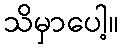
သိမှာပေါ့။